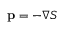
\mathbf { p } = - \boldsymbol { \nabla } S